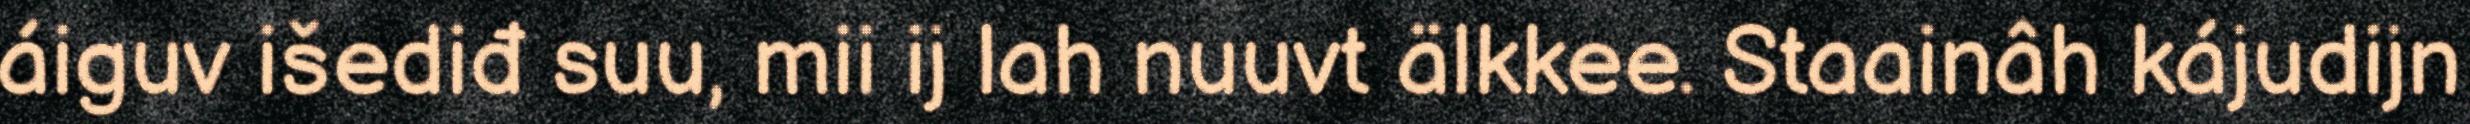
áiguv išediđ suu, mii ij lah nuuvt älkkee. Staainâh kájudijn